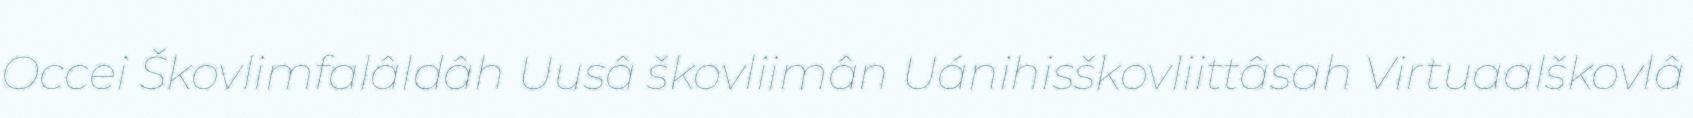
Occei Škovlimfalâldâh Uusâ škovliimân Uánihisškovliittâsah Virtuaalškovlâ